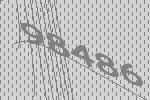
98486